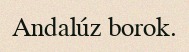
Andalúz borok.